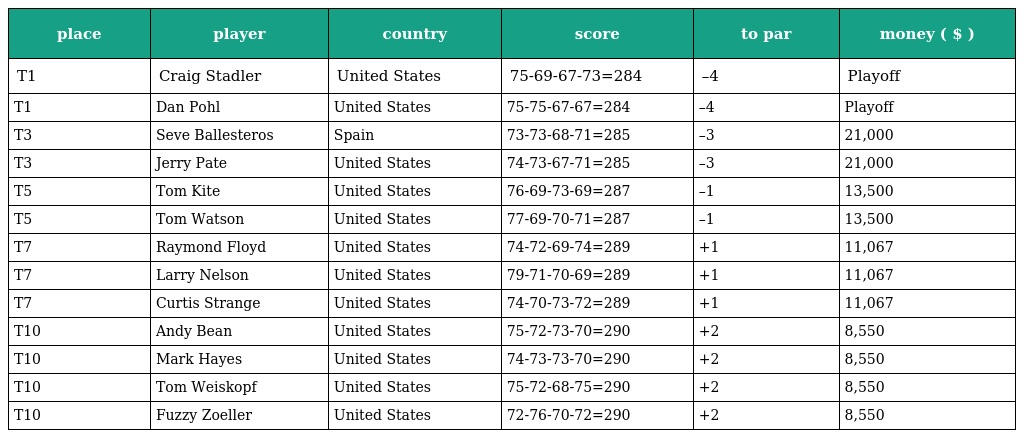
| place | player | country | score | to par | money ( $ ) |
 | --- | --- | --- | --- | --- | --- |
 | T1 | Craig Stadler | United States | 75-69-67-73=284 | –4 | Playoff |
 | T1 | Dan Pohl | United States | 75-75-67-67=284 | –4 | Playoff |
 | T3 | Seve Ballesteros | Spain | 73-73-68-71=285 | –3 | 21,000 |
 | T3 | Jerry Pate | United States | 74-73-67-71=285 | –3 | 21,000 |
 | T5 | Tom Kite | United States | 76-69-73-69=287 | –1 | 13,500 |
 | T5 | Tom Watson | United States | 77-69-70-71=287 | –1 | 13,500 |
 | T7 | Raymond Floyd | United States | 74-72-69-74=289 | +1 | 11,067 |
 | T7 | Larry Nelson | United States | 79-71-70-69=289 | +1 | 11,067 |
 | T7 | Curtis Strange | United States | 74-70-73-72=289 | +1 | 11,067 |
 | T10 | Andy Bean | United States | 75-72-73-70=290 | +2 | 8,550 |
 | T10 | Mark Hayes | United States | 74-73-73-70=290 | +2 | 8,550 |
 | T10 | Tom Weiskopf | United States | 75-72-68-75=290 | +2 | 8,550 |
 | T10 | Fuzzy Zoeller | United States | 72-76-70-72=290 | +2 | 8,550 |